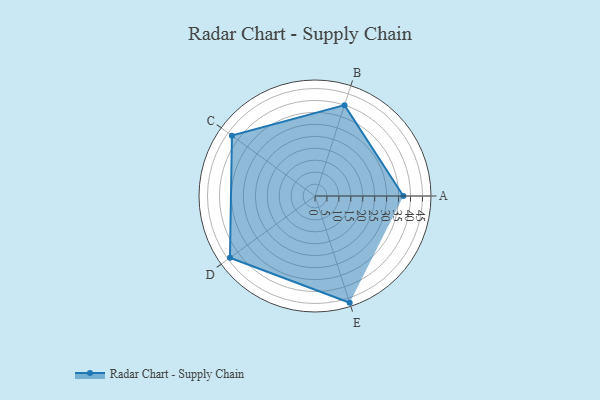
{"axis": {"x": "Skill", "y": "Score"}, "legend": ["Profile"], "data": [{"x": "A", "y": 37.0, "type": "Profile"}, {"x": "B", "y": 40.0, "type": "Profile"}, {"x": "C", "y": 43.0, "type": "Profile"}, {"x": "D", "y": 44.0, "type": "Profile"}, {"x": "E", "y": 47.0, "type": "Profile"}]}